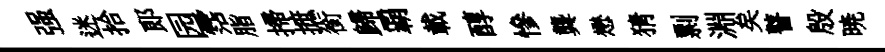
强迷拾郎园霑脂掃摭銜歸覇載醇慘龔懋猜剽淵矣瞽殷暁